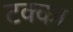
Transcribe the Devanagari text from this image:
टक्‍का